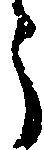
う